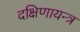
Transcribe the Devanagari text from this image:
दक्षिणायन्त्र